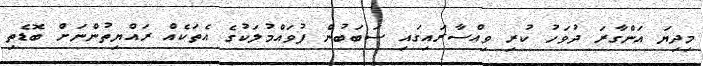
މިދިޔަ އަންގާރަ ދުވަހު ކުރި ވިއްސާރައިގައި ސަބަބުން ފުވައްމުލަކުގެ އެތަކެއް ރައްޔިތުންނަށް ބޮޑެތި